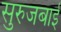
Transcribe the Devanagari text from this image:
सुरुजबाई